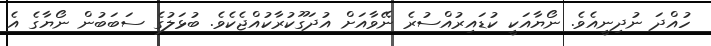
ހުއްދަ ނުދިނީއެވެ. ނޯޔާއަކީ ކުޑައިރުއްސުރެ ނޭވާއަށް އުދަގޫކުރާކުއްޖެކެވެ. ބުޅަލުގެ ސަބަބުން ނޯޔާގެ އެ